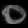
Digit: ၀